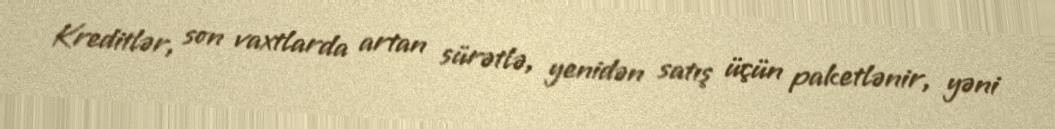
Kreditlər, son vaxtlarda artan sürətlə, yenidən satış üçün paketlənir, yəni